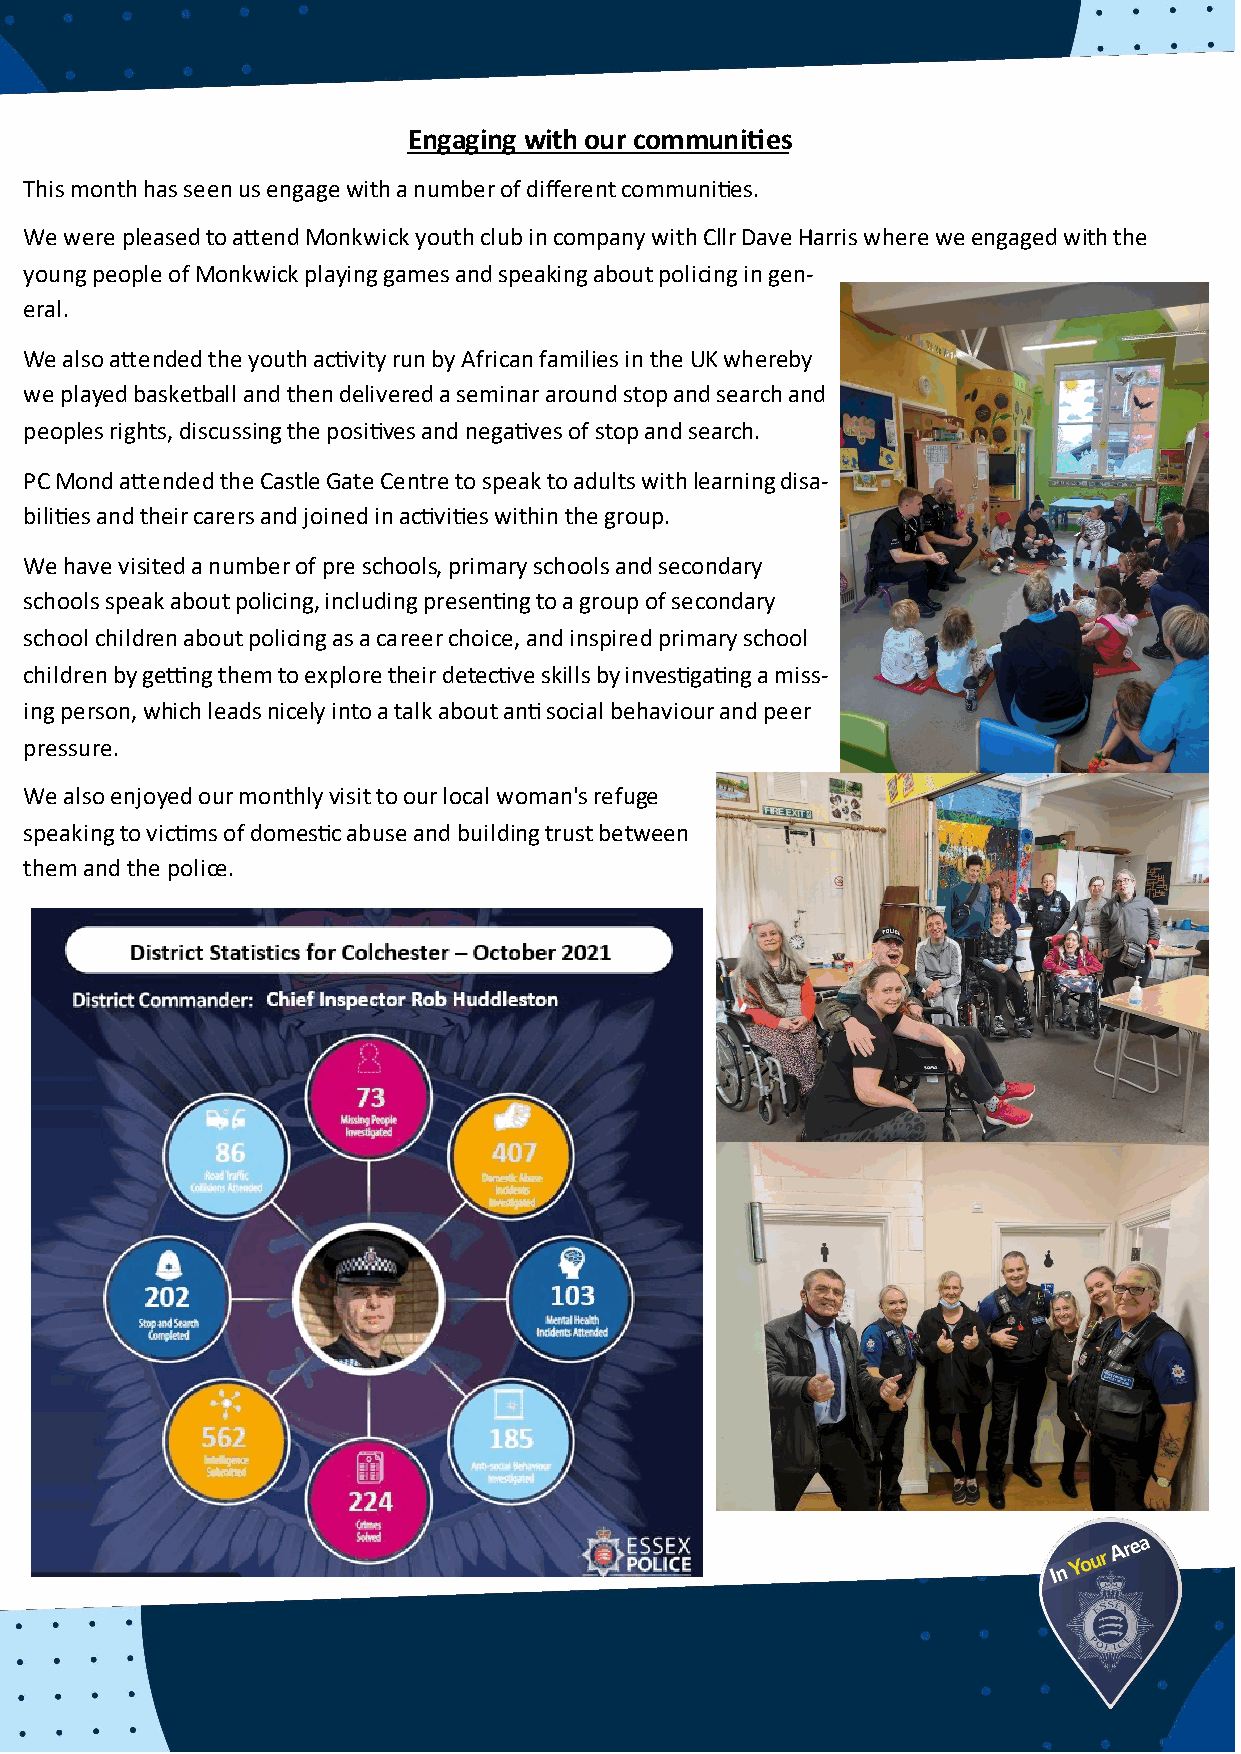
Engaging with our communities
 This month has seen us engage with a number of different communities.
 We were pleased to attend Monkwick youth club in company with Cllr Dave Harris where we engaged with the
 young people of Monkwick playing games and speaking about policing in gen-
 eral.
 We also attended the youth activity run by African families in the UK whereby
 we played basketball and then delivered a seminar around stop and search and
 peoples rights, discussing the positives and negatives of stop and search.
 PC Mond attended the Castle Gate Centre to speak to adults with learning disa-
 bilities and their carers and joined in activities within the group.
 We have visited a number of pre schools, primary schools and secondary
 schools speak about policing, including presenting to a group of secondary
 school children about policing as a career choice, and inspired primary school
 children by getting them to explore their detective skills by investigating a miss-
 ing person, which leads nicely into a talk about anti social behaviour and peer
 pressure.
 We also enjoyed our monthly visit to our local woman's refuge
 speaking to victims of domestic abuse and building trust between
 them and the police.